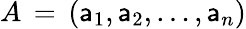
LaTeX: A\, =\, (\mathsf{a}_{1},\mathsf{a}_{2},\dots,\mathsf{a}_{n})